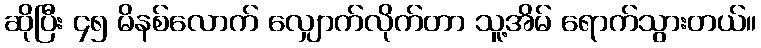
ဆိုပြီး ၄၅ မိနစ်လောက် လျှောက်လိုက်တာ သူ့အိမ် ရောက်သွားတယ်။